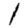
Digit: 1